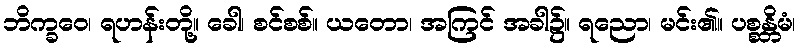
ဘိက္ခဝေ၊ ရဟန်းတို့။ ခေါ၊ စင်စစ်။ ယတော၊ အကြင် အခါ၌။ ရညော၊ မင်း၏။ ပစ္စန္တိမံ၊